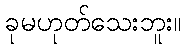
ခုမဟုတ်သေးဘူး။